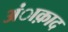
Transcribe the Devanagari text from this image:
अंाक़ाद